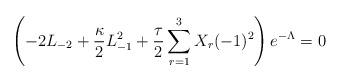
LaTeX: \begin{align*}\left(-2L_{-2}+\frac{\kappa}{2}L_{-1}^{2}+\frac{\tau}{2}\sum_{r=1}^{3}X_{r}(-1)^{2}\right)e^{-\Lambda}=0\end{align*}